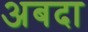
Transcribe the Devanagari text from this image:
अबदा